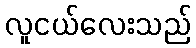
လူငယ်လေးသည်